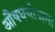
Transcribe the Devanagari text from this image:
औषधयोजना